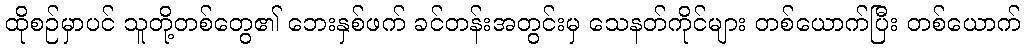
ထိုစဉ်မှာပင် သူတို့တစ်တွေ၏ ဘေးနှစ်ဖက် ခင်တန်းအတွင်းမှ သေနတ်ကိုင်များ တစ်ယောက်ပြီး တစ်ယောက်